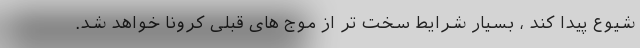
شیوع پیدا کند ، بسیار شرایط سخت تر از موج های قبلی کرونا خواهد شد.